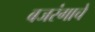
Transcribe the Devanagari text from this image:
बजरंगाचे